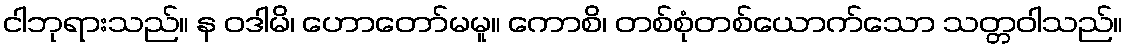
ငါဘုရားသည်။ န ဝဒါမိ၊ ဟောတော်မမူ။ ကောစိ၊ တစ်စုံတစ်ယောက်သော သတ္တဝါသည်။